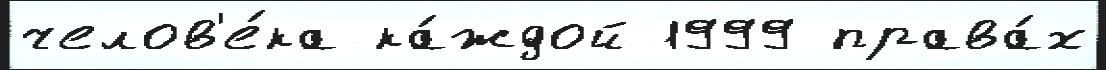
челов'е́ка ка́ждой 1999 права́х